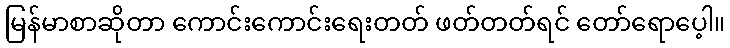
မြန်မာစာဆိုတာ ကောင်းကောင်းရေးတတ် ဖတ်တတ်ရင် တော်ရောပေ့ါ။